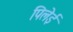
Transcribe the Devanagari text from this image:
पिलेई